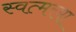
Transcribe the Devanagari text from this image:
स्वत्मरमा